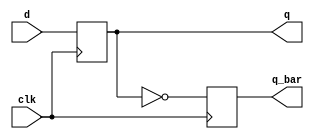
module d_flip_flop (
  input wire clk,
  input wire d,
  output reg q,
  output reg q_bar
);

always @(posedge clk) begin
  q <= d;
  q_bar <= ~q;
end

endmodule